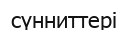
сүнниттері